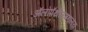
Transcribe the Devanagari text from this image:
ॲलोपॅथीरुग्णालय